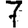
Digit: 7